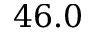
4 6 . 0